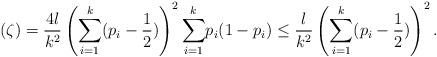
LaTeX: \begin{align*}(\zeta) = \frac{4l}{k^2}\left(\underset{i=1}{\overset{k}{\sum}} (p_i - \frac{1}{2}) \right)^2 \underset{i=1}{\overset{k}{\sum}} p_i(1-p_i) \leq \frac{l}{k^2}\left(\underset{i=1}{\overset{k}{\sum}} (p_i - \frac{1}{2}) \right)^2 .\end{align*}